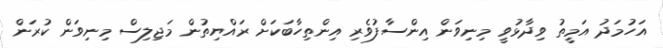
އަހުމަދު އަމީތު ވިދާޅުވީ މިނިވަން އިންސާފުވެރި އިންތިހާބަކަަށް ރައްޔިތުން މަޖިލިސް މިނިވަން ކުރަން